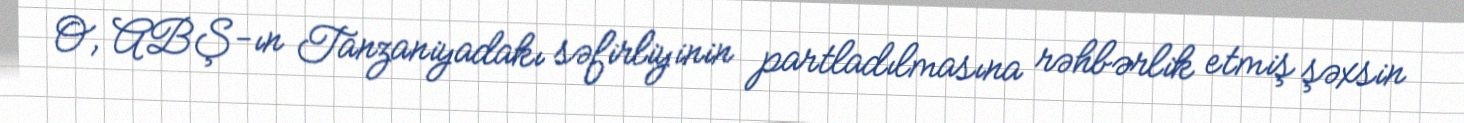
O, ABŞ-ın Tanzaniyadakı səfirliyinin partladılmasına rəhbərlik etmiş şəxsin